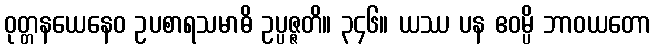
ဝုတ္တနယေနေဝ ဥပစာရသမာဓိ ဥပ္ပဇ္ဇတိ။ ၃၄၆။ ယဿ ပန ဧဝမ္ပိ ဘာဝယတော